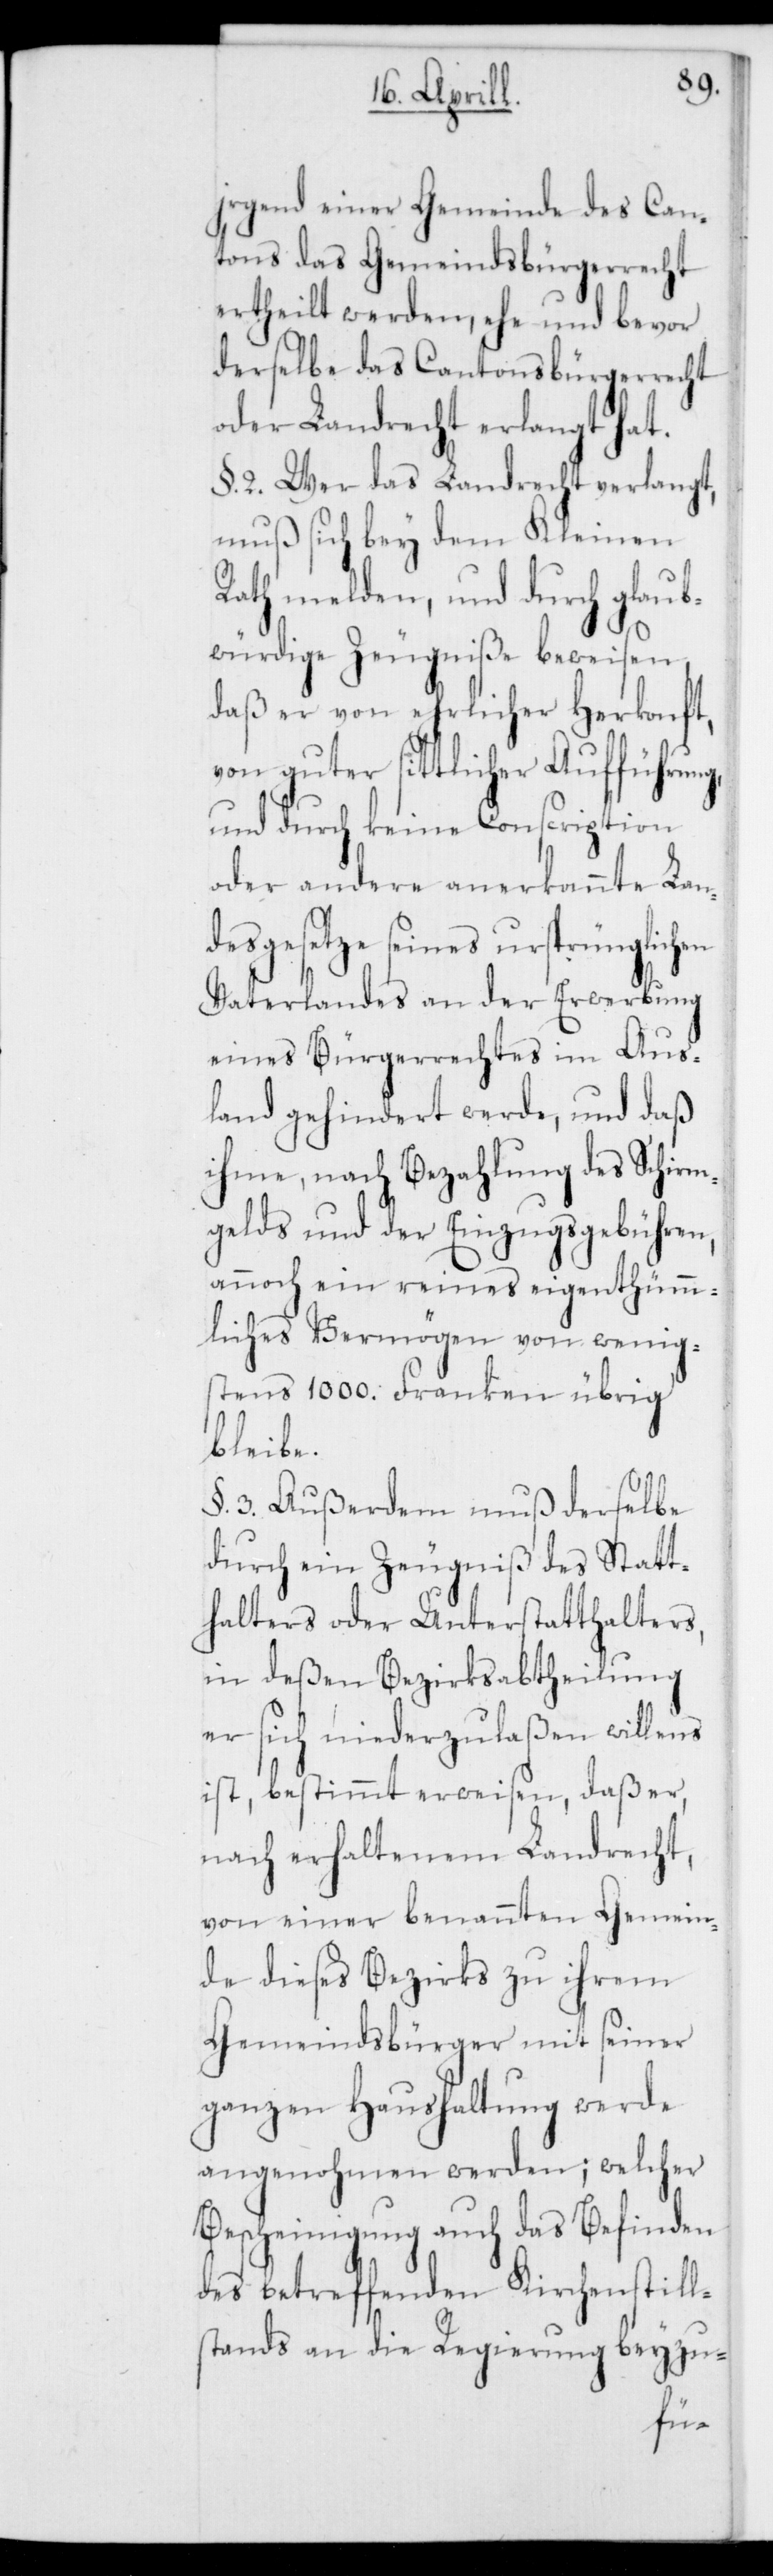
irgend einer Gemeinde des Can¬
tons das Gemeindsbürgerrecht
ertheilt werden, ehe und bevor
derselbe das Cantonsbürgerrecht
oder Landrecht erlangt hat.
§. 2. Wer das Landrecht verlangt,
muß sich bey dem Kleinen
Rath melden, und durch glaub¬
würdige Zeugniße beweisen,
daß er von ehrlicher Herkonft,
von guter sittlicher Aufführung
und durch keine Conscription
oder andere anerkannte Lan¬
desgesetze seines ursprünglichen
Vaterlandes an der Erwerbung
eines Bürgerrechts im Aus¬
land gehindert werde, und daß
ihme, nach Bezahlung des Schirm¬
gelds und der Einzugsgebühren,
annoch ein reines eigentümm¬
liches Vermögen von wenig¬
stens 1000. Franken übrig
bleibe.
§. 3. Außerdem muß derselbe
durch ein Zeugniß des Statt¬
halters oder Unterstatthalters,
in deßen Bezirksabtheilung
er sich niederzulaßen willens
ist, bestimmt erweisen, daß er,
nach erhaltenem Landrecht,
von einer benannten Gemein¬
de dieses Bezirks zu ihrem
Gemeindsbürger mit seiner
ganzen Haushaltung werde
angenohmen werden; welcher
Bescheinigung auch das Befinden
des betreffenden Kirchenstill¬
stands an die Regierung beyzu-